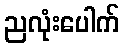
ညလုံးပေါက်